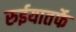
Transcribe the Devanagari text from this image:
रुईयातर्फे